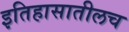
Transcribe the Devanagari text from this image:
इतिहासातीलच